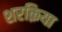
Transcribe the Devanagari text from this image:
शरक़िया